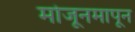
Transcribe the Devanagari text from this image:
मोजूनमापून